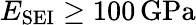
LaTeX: E_{\mathrm{SEI}}\geq 100\, \mathrm{GPa}